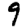
Digit: 9